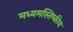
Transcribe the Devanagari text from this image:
मध्यमस्तिष्कीय